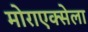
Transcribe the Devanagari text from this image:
मोराएक्सेला